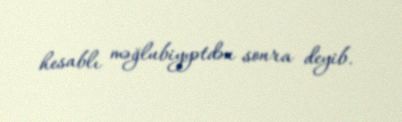
hesablı məğlubiyyətdən sonra deyib.